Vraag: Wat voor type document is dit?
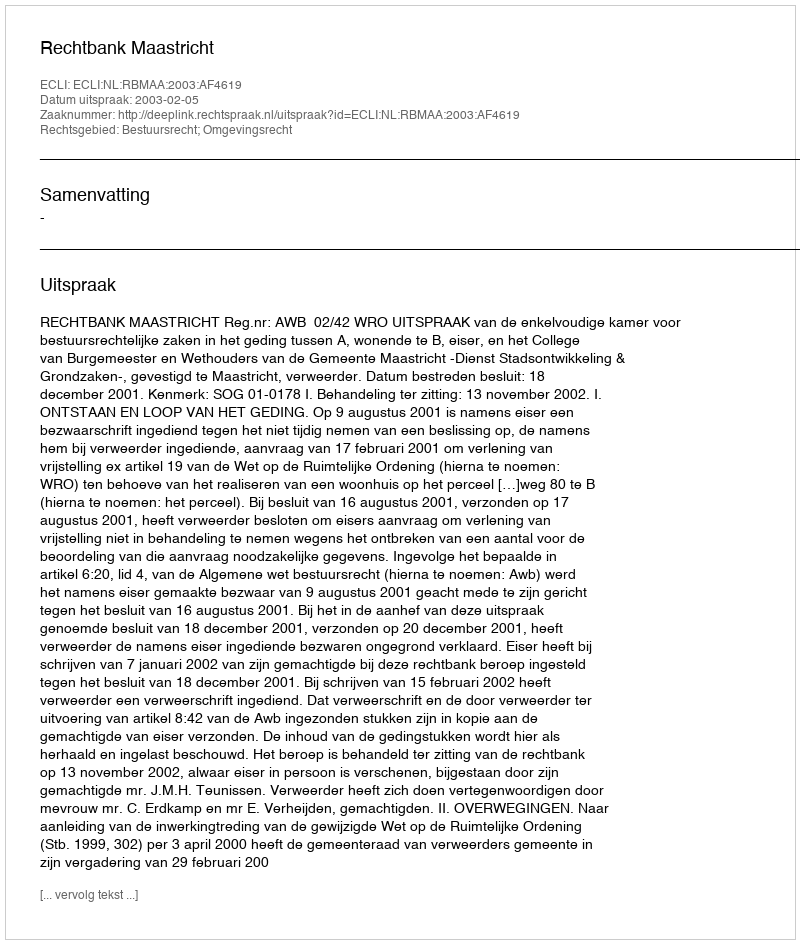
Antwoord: Uitspraak